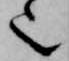
也